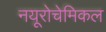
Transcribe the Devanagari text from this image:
नयूरोचेमिकल